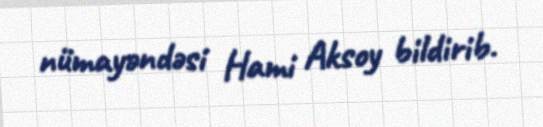
nümayəndəsi Hami Aksoy bildirib.